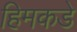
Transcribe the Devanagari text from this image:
हिमकडे